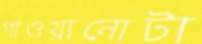
গাওয়ানোটা